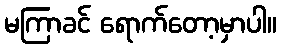
မကြာခင် ရောက်တော့မှာပါ။